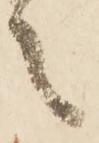
之